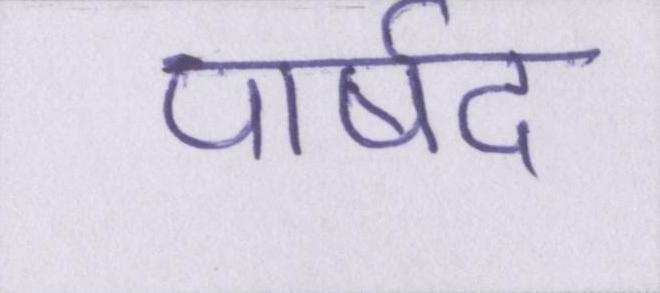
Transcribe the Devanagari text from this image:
पार्षद